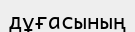
дұғасының